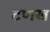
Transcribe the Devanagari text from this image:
टणख